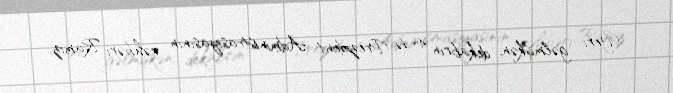
Yeri gəlmişkən, dekabrın 4-də Prezident Administrasiyasının rəhbəri Ramiz